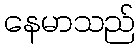
နေမာသည်